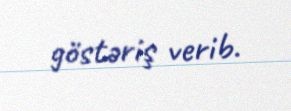
göstəriş verib.